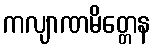
ကလျာဏမိတ္တေန